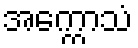
အက္ကောသံ